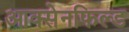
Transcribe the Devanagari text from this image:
आक्सेनफिल्ड